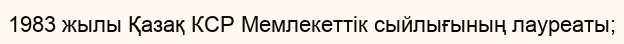
1983 жылы Қазақ КСР Мемлекеттік сыйлығының лауреаты;